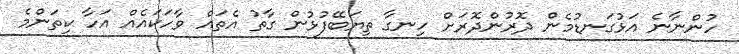
ހުންނާނެ އަޅުގަނޑުމެން ދޮރުންދޮރަށް ހިނގާ ތިޔަބޭފުޅުން ގާތު އެތައް ވާހަކައެއް އަހާ ކިތަންމެ